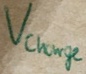
Text: Vcharge